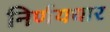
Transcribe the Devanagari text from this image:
निर्णयधार